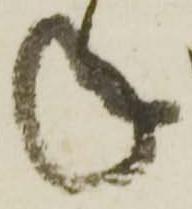
年